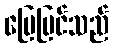
မြေပြင်သည်